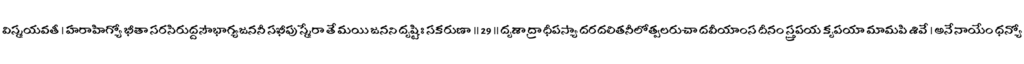
విస్మయవతీ । హరాహిగ్యో భీతా సరసిరుద్దసౌభాగ్యజననీ సఖీపు స్మేరా తే మయి జనని దృష్టిః సకరుణా ॥ 29 ॥ దృశా ద్రాధీపస్యా దరదలితనీలోత్పలరుచా దవీయాంస దీనం స్త్రపయ కృపయా మామపి శివే । అనేనాయేం ధన్యో